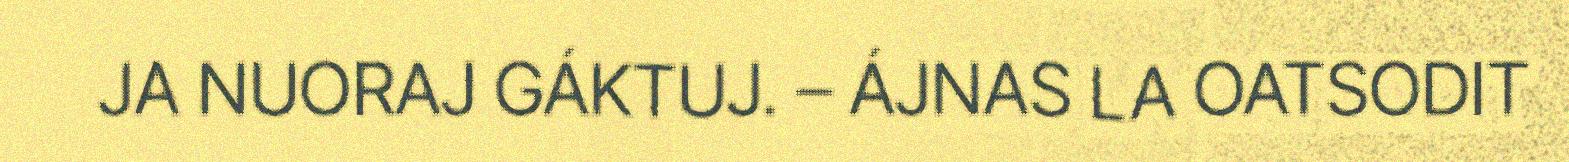
JA NUORAJ GÁKTUJ. – ÁJNAS LA OATSODIT